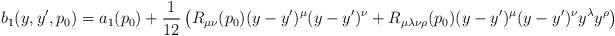
LaTeX: \begin{align*}b_1(y,y',p_0)=a_1(p_0)+{1 \over 12}\left(R_{\mu\nu}(p_0)(y-y')^{\mu}(y-y')^{\nu}+R_{\mu\lambda\nu\rho}(p_0)(y-y')^{\mu}(y-y')^{\nu}y^{\lambda}y^{\rho}\right)\end{align*}